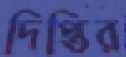
দিপ্তির